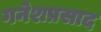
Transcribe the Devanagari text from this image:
गनेशप्रसाद